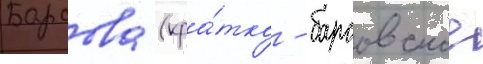
Барсова (кра́тко - барсовское